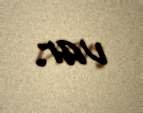
var.